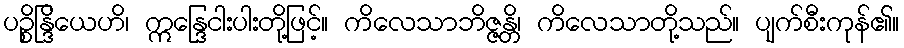
ပဉ္စိန္ဒြိယေဟိ၊ ဣန္ဒြေငါးပါးတို့ဖြင့်။ ကိလေသာဘိဇ္ဇန္တိ၊ ကိလေသာတို့သည်။ ပျက်စီးကုန်၏။